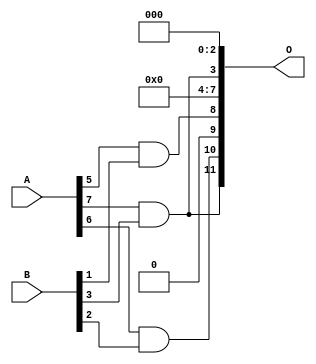
// This program was cloned from: https://github.com/ehw-fit/evoapproxlib
// License: MIT License

/***
* This code is a part of EvoApproxLib library (ehw.fit.vutbr.cz/approxlib) distributed under The MIT License.
* When used, please cite the following article(s): V. Mrazek, L. Sekanina, Z. Vasicek "Libraries of Approximate Circuits: Automated Design and Application in CNN Accelerators" IEEE Journal on Emerging and Selected Topics in Circuits and Systems, Vol 10, No 4, 2020 
* This file contains a circuit from a sub-set of pareto optimal circuits with respect to the pwr and mae parameters
***/
// MAE% = 7.95 %
// MAE = 326 
// WCE% = 27.91 %
// WCE = 1143 
// WCRE% = 300.00 %
// EP% = 93.36 %
// MRE% = 62.04 %
// MSE = 184297 
// PDK45_PWR = 0.00089 mW
// PDK45_AREA = 7.0 um2
// PDK45_DELAY = 0.04 ns

module mul8x4u_2FE (
    A,
    B,
    O
);

input [7:0] A;
input [3:0] B;
output [11:0] O;

wire sig_96,sig_138,sig_150;

assign sig_96 = A[5] & B[1];
assign sig_138 = A[7] & B[3];
assign sig_150 = A[6] & B[2];

assign O[11] = sig_138;
assign O[10] = sig_150;
assign O[9] = 1'b0;
assign O[8] = sig_96;
assign O[7] = 1'b0;
assign O[6] = 1'b0;
assign O[5] = 1'b0;
assign O[4] = 1'b0;
assign O[3] = sig_138;
assign O[2] = 1'b0;
assign O[1] = 1'b0;
assign O[0] = 1'b0;

endmodule